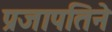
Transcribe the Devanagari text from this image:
प्रजापतिने